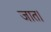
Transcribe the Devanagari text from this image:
जात।